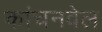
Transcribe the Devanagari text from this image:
कांचनवेल